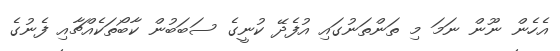
އެހެން ނޫން ނަމަ މި ތަންތަނުގައި އުފެދޭ ކުނީގެ ސަބަބުން ކާބޯތަކެއްޗާއި ފެނުގެ